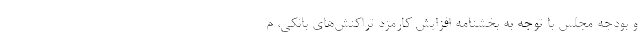
و بودجه مجلس با توجه به بخشنامه افزایش کارمزد تراکنش‌های بانکی، م